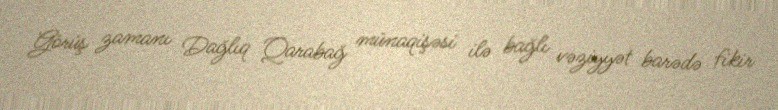
Görüş zamanı Dağlıq Qarabağ münaqişəsi ilə bağlı vəziyyət barədə fikir